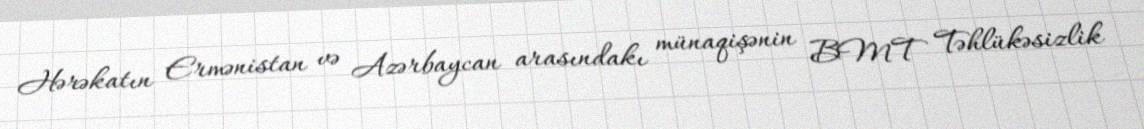
Hərəkatın Ermənistan və Azərbaycan arasındakı münaqişənin BMT Təhlükəsizlik